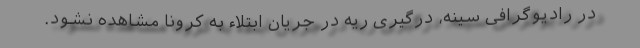
در رادیوگرافی سینه، درگیری ریه در جریان ابتلاء به کرونا مشاهده نشود.